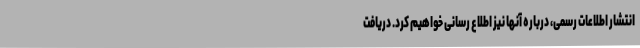
انتشار اطلاعات رسمی، درباره آنها نیز اطلاع رسانی خواهیم کرد. دریافت